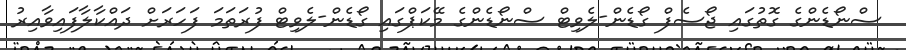
ސްނޯޑެންގެ ގޮތުގައި ޖޯސެފް ގޯޑެން-ލެވިޓް ސްނޯޑެންގެ މޭކަޕްގައި ގޯޑެން-ލެވިޓް ފުރަތަމަ ފަހަރަށް ދައްކާލާފައިވާއިރު